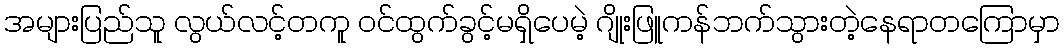
အများပြည်သူ လွယ်လင့်တကူ ဝင်ထွက်ခွင့်မရှိပေမဲ့ ဂျိုးဖြူကန်ဘက်သွားတဲ့နေရာတကြောမှာ